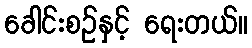
ခေါင်းစဉ်နှင့် ရေးတယ်။